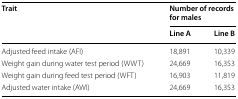
| <ROWSPAN=2> Trait | <COLSPAN=2> Number of records for males |
 | Line A | Line B |
 | --- | --- | --- |
 | Adjusted feed intake (AFI) | 18,891 | 10,339 |
 | Weight gain during water test period (WWT) | 24,669 | 16,353 |
 | Weight gain during feed test period (WFT) | 16,903 | 11,819 |
 | Adjusted water intake (AWI) | 24,669 | 16,353 |